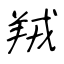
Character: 羢